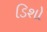
ડિશો